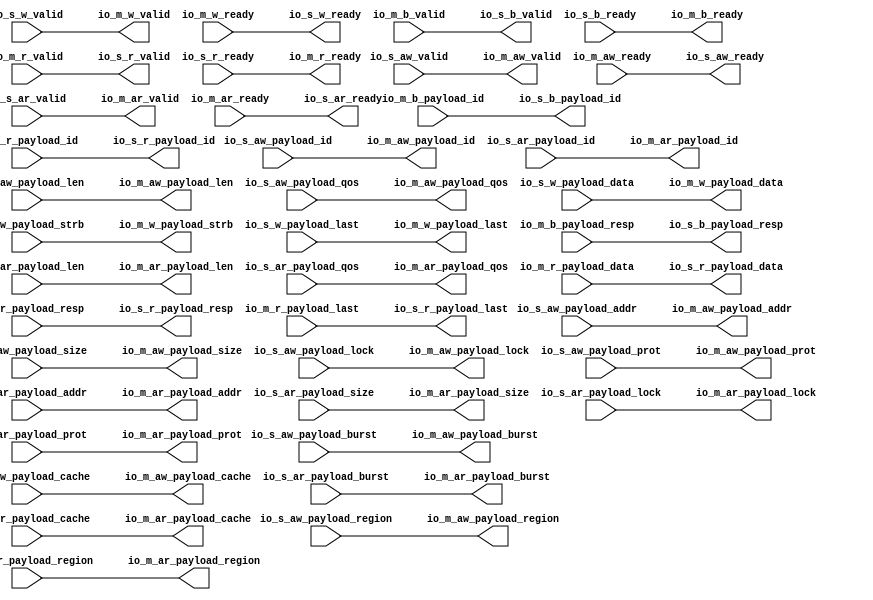
// Generator : SpinalHDL v1.7.2    git head : 08fc866bebdc40c471ebe327bface63e34406489
// Component : Axi_1
// Git hash  : 23d564a3e9d4d768c2cb1641ec7dc2becc0d2602

`timescale 1ns/1ps

module Axi_1 (
  input               io_s_aw_valid,
  output              io_s_aw_ready,
  input      [31:0]   io_s_aw_payload_addr,
  input      [3:0]    io_s_aw_payload_id,
  input      [3:0]    io_s_aw_payload_region,
  input      [7:0]    io_s_aw_payload_len,
  input      [2:0]    io_s_aw_payload_size,
  input      [1:0]    io_s_aw_payload_burst,
  input      [0:0]    io_s_aw_payload_lock,
  input      [3:0]    io_s_aw_payload_cache,
  input      [3:0]    io_s_aw_payload_qos,
  input      [2:0]    io_s_aw_payload_prot,
  input               io_s_w_valid,
  output              io_s_w_ready,
  input      [31:0]   io_s_w_payload_data,
  input      [3:0]    io_s_w_payload_strb,
  input               io_s_w_payload_last,
  output              io_s_b_valid,
  input               io_s_b_ready,
  output     [3:0]    io_s_b_payload_id,
  output     [1:0]    io_s_b_payload_resp,
  input               io_s_ar_valid,
  output              io_s_ar_ready,
  input      [31:0]   io_s_ar_payload_addr,
  input      [3:0]    io_s_ar_payload_id,
  input      [3:0]    io_s_ar_payload_region,
  input      [7:0]    io_s_ar_payload_len,
  input      [2:0]    io_s_ar_payload_size,
  input      [1:0]    io_s_ar_payload_burst,
  input      [0:0]    io_s_ar_payload_lock,
  input      [3:0]    io_s_ar_payload_cache,
  input      [3:0]    io_s_ar_payload_qos,
  input      [2:0]    io_s_ar_payload_prot,
  output              io_s_r_valid,
  input               io_s_r_ready,
  output     [31:0]   io_s_r_payload_data,
  output     [3:0]    io_s_r_payload_id,
  output     [1:0]    io_s_r_payload_resp,
  output              io_s_r_payload_last,
  output              io_m_aw_valid,
  input               io_m_aw_ready,
  output     [31:0]   io_m_aw_payload_addr,
  output     [3:0]    io_m_aw_payload_id,
  output     [3:0]    io_m_aw_payload_region,
  output     [7:0]    io_m_aw_payload_len,
  output     [2:0]    io_m_aw_payload_size,
  output     [1:0]    io_m_aw_payload_burst,
  output     [0:0]    io_m_aw_payload_lock,
  output     [3:0]    io_m_aw_payload_cache,
  output     [3:0]    io_m_aw_payload_qos,
  output     [2:0]    io_m_aw_payload_prot,
  output              io_m_w_valid,
  input               io_m_w_ready,
  output     [31:0]   io_m_w_payload_data,
  output     [3:0]    io_m_w_payload_strb,
  output              io_m_w_payload_last,
  input               io_m_b_valid,
  output              io_m_b_ready,
  input      [3:0]    io_m_b_payload_id,
  input      [1:0]    io_m_b_payload_resp,
  output              io_m_ar_valid,
  input               io_m_ar_ready,
  output     [31:0]   io_m_ar_payload_addr,
  output     [3:0]    io_m_ar_payload_id,
  output     [3:0]    io_m_ar_payload_region,
  output     [7:0]    io_m_ar_payload_len,
  output     [2:0]    io_m_ar_payload_size,
  output     [1:0]    io_m_ar_payload_burst,
  output     [0:0]    io_m_ar_payload_lock,
  output     [3:0]    io_m_ar_payload_cache,
  output     [3:0]    io_m_ar_payload_qos,
  output     [2:0]    io_m_ar_payload_prot,
  input               io_m_r_valid,
  output              io_m_r_ready,
  input      [31:0]   io_m_r_payload_data,
  input      [3:0]    io_m_r_payload_id,
  input      [1:0]    io_m_r_payload_resp,
  input               io_m_r_payload_last
);


  assign io_m_ar_valid = io_s_ar_valid;
  assign io_s_ar_ready = io_m_ar_ready;
  assign io_m_ar_payload_addr = io_s_ar_payload_addr;
  assign io_m_ar_payload_id = io_s_ar_payload_id;
  assign io_m_ar_payload_region = io_s_ar_payload_region;
  assign io_m_ar_payload_len = io_s_ar_payload_len;
  assign io_m_ar_payload_size = io_s_ar_payload_size;
  assign io_m_ar_payload_burst = io_s_ar_payload_burst;
  assign io_m_ar_payload_lock = io_s_ar_payload_lock;
  assign io_m_ar_payload_cache = io_s_ar_payload_cache;
  assign io_m_ar_payload_qos = io_s_ar_payload_qos;
  assign io_m_ar_payload_prot = io_s_ar_payload_prot;
  assign io_m_aw_valid = io_s_aw_valid;
  assign io_s_aw_ready = io_m_aw_ready;
  assign io_m_aw_payload_addr = io_s_aw_payload_addr;
  assign io_m_aw_payload_id = io_s_aw_payload_id;
  assign io_m_aw_payload_region = io_s_aw_payload_region;
  assign io_m_aw_payload_len = io_s_aw_payload_len;
  assign io_m_aw_payload_size = io_s_aw_payload_size;
  assign io_m_aw_payload_burst = io_s_aw_payload_burst;
  assign io_m_aw_payload_lock = io_s_aw_payload_lock;
  assign io_m_aw_payload_cache = io_s_aw_payload_cache;
  assign io_m_aw_payload_qos = io_s_aw_payload_qos;
  assign io_m_aw_payload_prot = io_s_aw_payload_prot;
  assign io_m_w_valid = io_s_w_valid;
  assign io_s_w_ready = io_m_w_ready;
  assign io_m_w_payload_data = io_s_w_payload_data;
  assign io_m_w_payload_strb = io_s_w_payload_strb;
  assign io_m_w_payload_last = io_s_w_payload_last;
  assign io_s_r_valid = io_m_r_valid;
  assign io_m_r_ready = io_s_r_ready;
  assign io_s_r_payload_data = io_m_r_payload_data;
  assign io_s_r_payload_last = io_m_r_payload_last;
  assign io_s_r_payload_id = io_m_r_payload_id;
  assign io_s_r_payload_resp = io_m_r_payload_resp;
  assign io_s_b_valid = io_m_b_valid;
  assign io_m_b_ready = io_s_b_ready;
  assign io_s_b_payload_id = io_m_b_payload_id;
  assign io_s_b_payload_resp = io_m_b_payload_resp;

endmodule